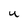
Character: U